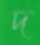
দ